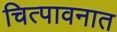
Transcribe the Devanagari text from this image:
चित्पावनात